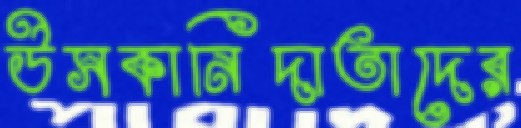
উসকানিদাতাদের